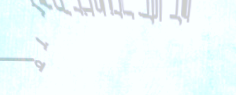
مركز لتعليم اللغة الإنجلي